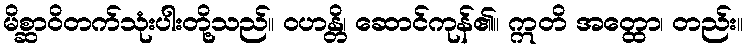
မိစ္ဆာဝိတက်သုံးပါးတို့သည်။ ဝဟန္တိ၊ ဆောင်ကုန်၏။ ဣတိ အတ္ထော၊ တည်း။